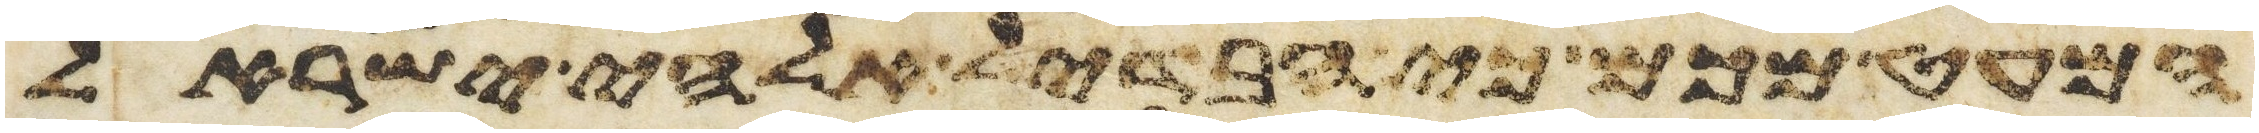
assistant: המעט מכם כי הבדיל אלהי ישראל